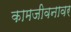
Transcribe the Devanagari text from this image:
कामजीवनावर